Annual report of the Imperial Bacteriological Laboratory, Muktesar
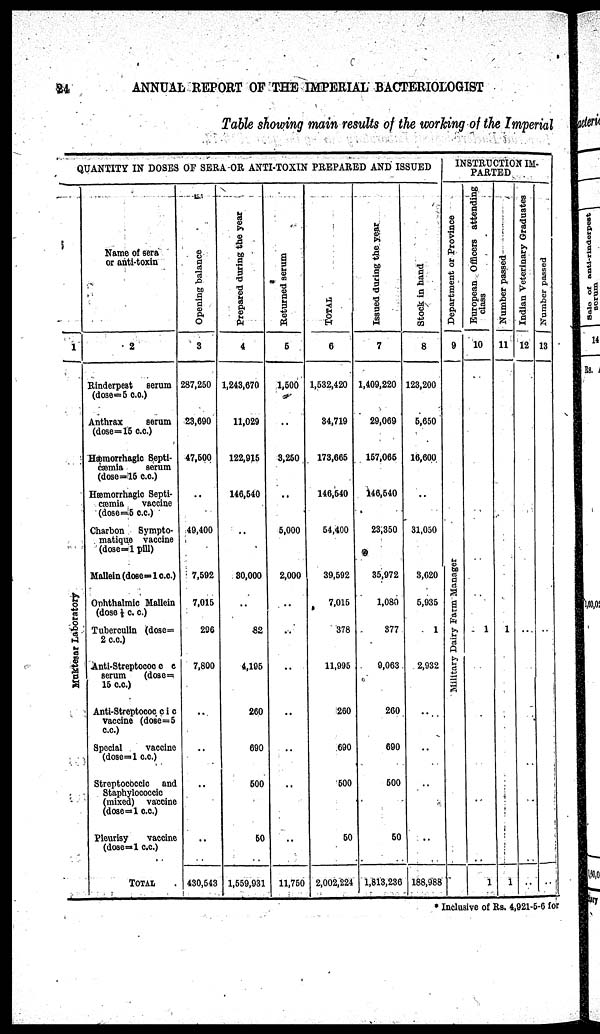
24
ANNUAL REPORT OF THE IMPERIAL BACTERIOLOGIST
Table showing main results of the working of the Imperial
QUANTITY IN DOSES OF SERA OR ANTI-TOXIN PREPARED AND ISSUED
1
Muktesar Laboratory
Name of sera
or anti-toxin
2
Rinderpest
serum
(dose=5 c.c.)
Anthrax
serum
(dose=15 c.c.)
Hæmorrhagic Septi-
cæmia
serum
(dose=15 c.c.)
Hæmorrhagic Septi-
cæmia
vaccine
(dose=5 c.c.)
Charbon Sympto¬
matique vaccine
(dose=1 pill)
Mallein (dose=1 c.c.)
Ophthalmic Mallein
(dose 1/6 c. c.)
Tuberculin (dose=
2 c.c.)
Anti-Streptococcic
serum
(dose=
15 c.c.)
Anti-Streptococcic
vaccine (dose=5
c.c.)
Special
vaccine
(dose=1 c.c.)
Streptococcic and
Staphylococcic
(mixed) vaccine
(dose=1 c.c.)
Pleurisy
vaccine
(dose=1 c.c.)
TOTAL
Opening balance
3
287,250
23,690
47,500
49,400
7,592
7,015
296
7,800
430,543
Prepared during the year
4
1,243,670
11,029
122,915
146,540
30,000
82
4,195
260
690
500
50
1,559,031
Returned serum
5
1,500
3,250
5,000
2,000
..
..
11,750
TOTAL
6
1,532,420
34,719
173,665
146,540
54,400
39,592
7,015
378
11,995
260
690
500
50
2,002,224
Issued during the year
7
1,409,220
29,069
157,065
146,540
23,350
35,972
1,080
377
9,063
260
690
500
50
1,813,236
Stock in hand
8
123,200
5,650
16,600
31,050
3,620
5,935
1
2,932
188,988
INSTRUCTION IM-
PARTED
Department or Province
9
Military Dai r y Fa r
m Ma na ge r
European Officers attending
class
10
1
1
Number passed
11
1
1
Indian Veterinary Graduates
12
Number passed
13
* Inclusive of Rs. 4,921-5-6 for